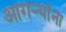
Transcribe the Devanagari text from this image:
आगर्‍यांना